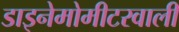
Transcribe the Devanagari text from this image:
डाइनेमोमीटरवाली